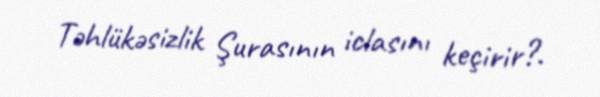
Təhlükəsizlik Şurasının iclasını keçirir?.